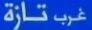
غرَبْ تازَة